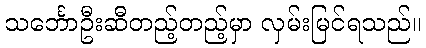
သင်္ဘောဦးဆီတည့်တည့်မှာ လှမ်းမြင်ရသည်။